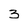
Character: 3